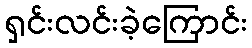
ရှင်းလင်းခဲ့ကြောင်း